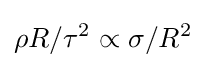
\rho R/\tau ^{2}\propto \sigma /R^{2}